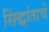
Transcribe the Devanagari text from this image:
सिंद्धांताचे